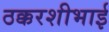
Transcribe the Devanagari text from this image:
ठक्करशीभाई